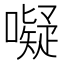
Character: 㘈